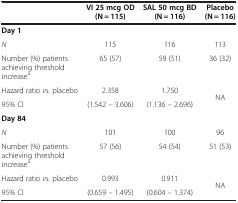
<table><thead><tr><td><b> </b></td><td><b>VI 25 mcg OD (N = 115)</b></td><td><b>SAL 50 mcg BD (N = 116)</b></td><td><b>Placebo (N = 116)</b></td></tr></thead><tbody><tr><td colspan="4"><b>Day 1</b></td></tr><tr><td><i>N</i></td><td>115</td><td>116</td><td>113</td></tr><tr><td>Number (%) patients achieving threshold increase<sup>a</sup></td><td>65 (57)</td><td>59 (51)</td><td>36 (32)</td></tr><tr><td>Hazard ratio <i>vs.</i> placebo</td><td>2.358</td><td>1.750</td><td rowspan="2">NA</td></tr><tr><td>95% CI</td><td>(1.542 – 3.606)</td><td>(1.136 – 2.696)</td></tr><tr><td colspan="4"><b>Day 84</b></td></tr><tr><td><i>N</i></td><td>101</td><td>100</td><td>96</td></tr><tr><td>Number (%) patients achieving threshold increase<sup>a</sup></td><td>57 (56)</td><td>54 (54)</td><td>51 (53)</td></tr><tr><td>Hazard ratio <i>vs.</i> placebo</td><td>0.993</td><td>0.911</td><td rowspan="2">NA</td></tr><tr><td>95% CI</td><td>(0.659 – 1.495)</td><td>(0.604 – 1.374)</td></tr></tbody></table>